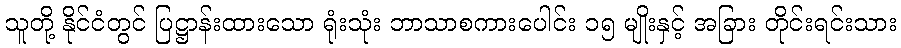
သူတို့ နိုင်ငံတွင် ပြဋ္ဌာန်းထားသော ရုံးသုံး ဘာသာစကားပေါင်း ၁၅ မျိုးနှင့် အခြား တိုင်းရင်းသား